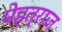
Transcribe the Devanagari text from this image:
मेहत्राज